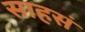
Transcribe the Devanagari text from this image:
साहसं